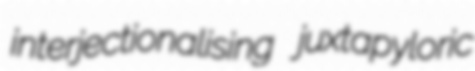
interjectionalising juxtapyloric